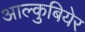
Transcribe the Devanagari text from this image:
आल्कुबियेर